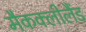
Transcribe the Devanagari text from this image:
मैकक्लीलैंड